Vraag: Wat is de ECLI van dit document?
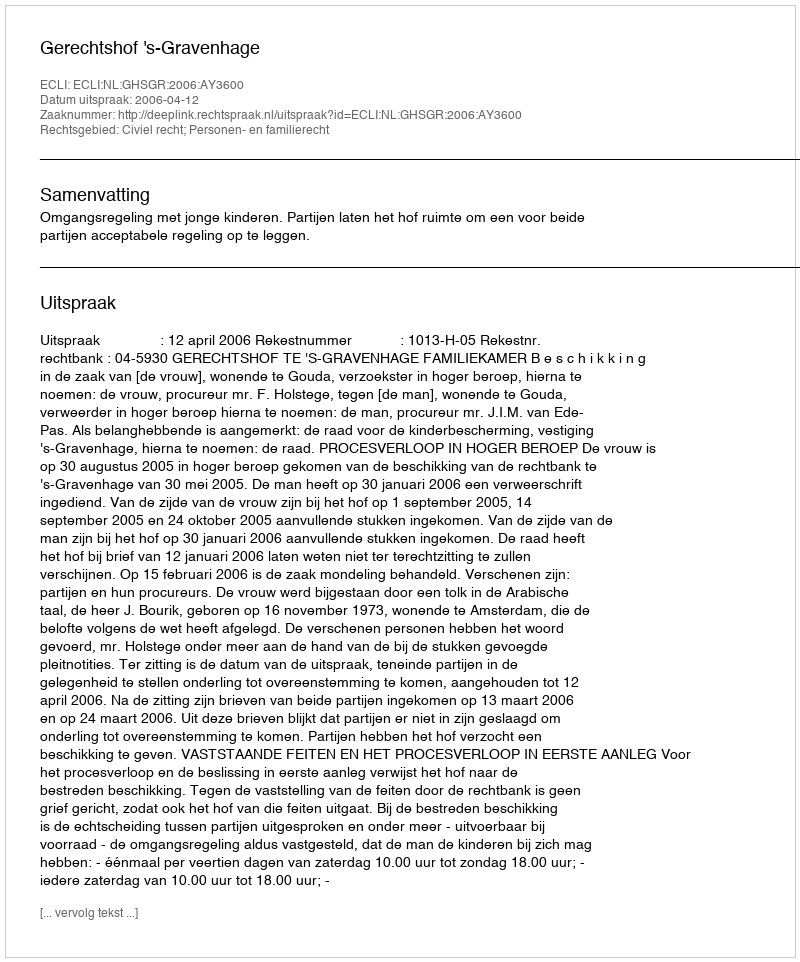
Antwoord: ECLI:NL:GHSGR:2006:AY3600